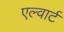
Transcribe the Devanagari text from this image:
एल्वार्ट